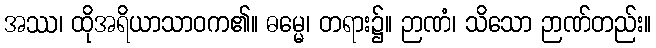
အဿ၊ ထိုအရိယာသာဝက၏။ ဓမ္မေ၊ တရား၌။ ဉာဏံ၊ သိသော ဉာဏ်တည်း။